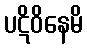
ပဋိဝိနေမိ